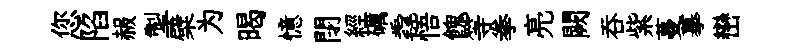
您陷赧掣檗为暍憶閉經礪毳悟餽等拳亮闕吞紫蔓摹巒